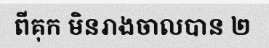
ពីគុក មិនរាងចាលបាន ២